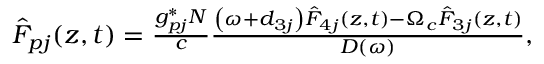
\begin{array} { r } { \hat { { \cal F } } _ { p j } ( z , t ) = \frac { g _ { p j } ^ { \ast } N } { c } \frac { \left( \omega + d _ { 3 j } \right) \hat { F } _ { 4 j } ( z , t ) - \Omega _ { c } \hat { F } _ { 3 j } ( z , t ) } { D ( \omega ) } , } \end{array}